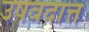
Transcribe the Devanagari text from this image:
उषवदात्त